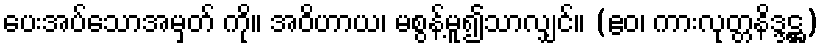
ပေးအပ်သောအမှတ် ကို။ အဝိဟာယ၊ မစွန့်မူ၍သာလျှင်။ (ဧဝ၊ ကားလုတ္တနိဒ္ဒဋ္ဌ)